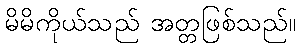
မိမိကိုယ်သည် အတ္တဖြစ်သည်။